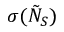
\sigma ( \tilde { N } _ { S } )